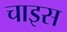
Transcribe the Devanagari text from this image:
चाइस